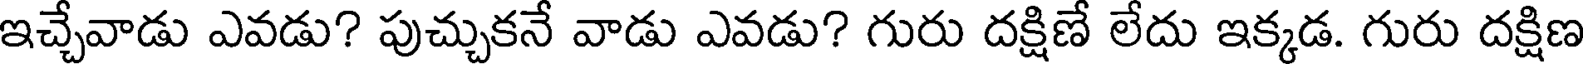
ఇచ్చేవాడు ఎవడు? పుచ్చుకనే వాడు ఎవడు? గురు దక్షిణే లేదు ఇక్కడ. గురు దక్షిణ